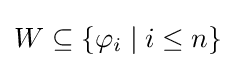
W\subseteq \{\varphi _{i}\mid i\leq n\}